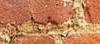
أقفلت